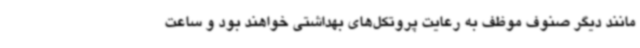
مانند دیگر صنوف موظف به رعایت پروتکل‌های بهداشتی خواهند بود و ساعت